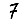
Digit: 7